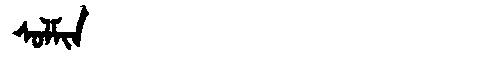
Manchu: ᠰᠣᠯᠮᡳᠨ
Romanization: SOLMIN